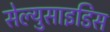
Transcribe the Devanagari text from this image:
सेल्युसाइडिस